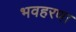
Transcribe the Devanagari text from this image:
भवहरणा